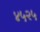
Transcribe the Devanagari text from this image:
४५२५